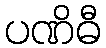
ပဏိဓီ